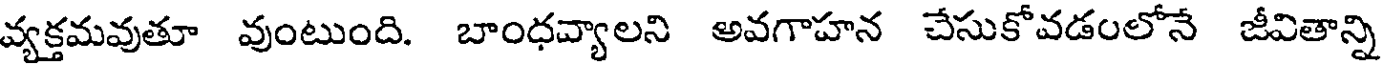
వ్యక్తమవుతూ వుంటుంది. బాంధవ్యాలని అవగాహన చేసుకోవడంలోనే జీవితాన్ని